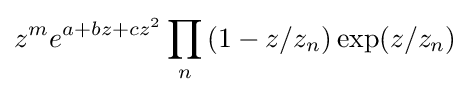
z^{m}e^{a+bz+cz^{2}}\prod _{n}\left(1-z/z_{n}\right)\exp(z/z_{n})